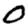
Digit: 0